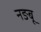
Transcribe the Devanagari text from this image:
नङबू